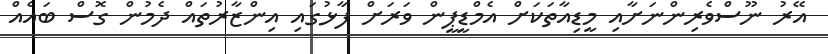
އޭރު ނޫސްވެރިންނަށާއި މީޑިއާތަކަށް އެމްޑީޕީން ވަރަށް ފާޅުގައި އިންޒާރުތައް ދެމުން ގޮސް ބައެއް